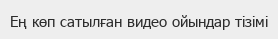
Ең көп сатылған видео ойындар тізімі